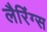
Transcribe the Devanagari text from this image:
लैरिंग्स